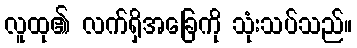
လူထု၏ လက်ရှိအခြေကို သုံးသပ်သည်။